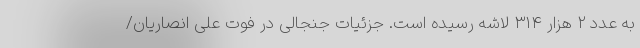
به عدد ۲ هزار ‌۳۱۴ لاشه رسیده است. جزئیات جنجالی در فوت علی انصاریان/